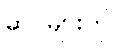
ဆင်များကို